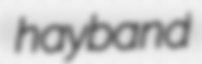
hayband